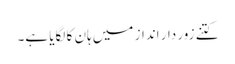
کتنے زور دار انداز میں ہان کا لگایا ہے۔